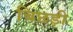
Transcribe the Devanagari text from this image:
बिछड़ी